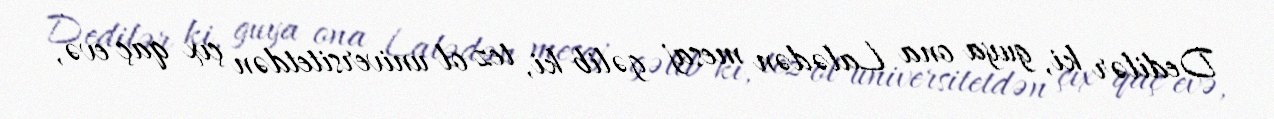
Dedilər ki, guya ona Lalədən mesaj gəlib ki, tez ol universitetdən çıx qaç evə,